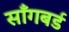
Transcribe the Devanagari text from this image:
साँगबर्ड